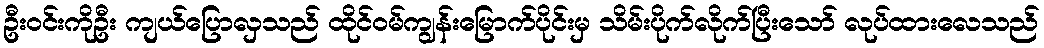
ဦးဝင်းကိုဦး ကျယ်ပြောလှသည် ထိုင်ဝမ်ကျွန်းမြောက်ပိုင်းမှ သိမ်းပိုက်လိုက်ပြီးသော် လုပ်ထားလေသည်